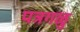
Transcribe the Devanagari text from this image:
पत्रगळु